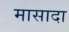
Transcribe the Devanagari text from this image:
मासादा